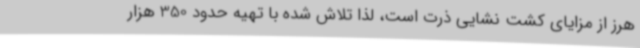
هرز از مزایای کشت نشایی ذرت است، لذا تلاش شده با تهیه حدود 350 هزار